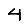
Digit: 4